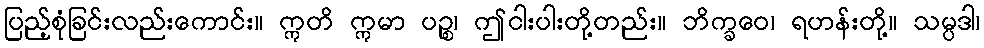
ပြည့်စုံခြင်းလည်းကောင်း။ ဣတိ ဣမာ ပဉ္စ၊ ဤငါးပါးတို့တည်း။ ဘိက္ခဝေ၊ ရဟန်းတို့။ သမ္ပဒါ၊